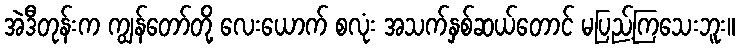
အဲဒီတုန်းက ကျွန်တော်တို့ လေးယောက် စလုံး အသက်နှစ်ဆယ်တောင် မပြည့်ကြသေးဘူး။